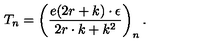
T _ { n } = \left( \frac { e ( 2 r + k ) \cdot \epsilon } { 2 r \cdot k + k ^ { 2 } } \right) _ { n } .